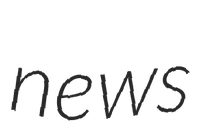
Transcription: news